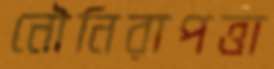
নৌনিরাপত্তা